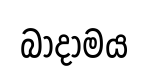
බාදාමය